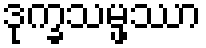
ဒုက္ခသမ္ဖဿာ